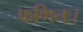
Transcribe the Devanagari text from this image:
फणिनः।